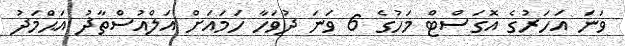
ވަނަ އަހަރުގެ އޮގަސްޓް މަހުގެ 6 ވަނަ ދުވަހާ ހަމައަށް އަލްއުސްތާޛު އަޙްމަދު